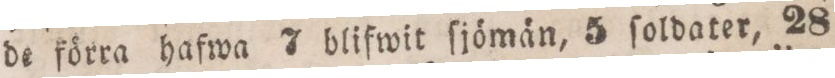
de förra hafwa 7 blifwit ſjömän, 5 ſoldater, 28